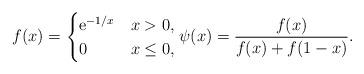
LaTeX: \begin{align*} f (x) = \begin{cases} \mathrm{e}^{-1/x} & x > 0 , \\ 0 & x \leq 0 , \end{cases} \psi (x) = \frac{f(x)}{f(x) + f(1-x)} .\end{align*}